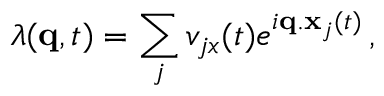
\lambda ( \mathbf { q } , t ) = \sum _ { j } v _ { j x } ( t ) e ^ { i \mathbf { q } . \mathbf { x } _ { j } ( t ) } \, ,